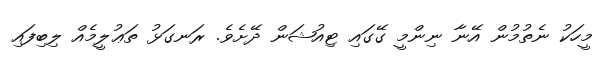
މީހަކު ނެތުމުން އޭނާ ނިންމީ ގޭގައި ޓިއުޝަން ދޭށެވެ. ރަނގަޅު ތަޢުލީމެއް ލިބިފައި